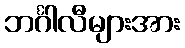
ဘင်္ဂါလီများအား